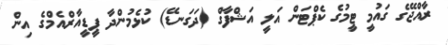
ރާއްޖޭގެ ގައުމީ ޓީމުގެ ކެޕްޓަން އަލީ އަޝްފާގް (ދަގަނޑޭ) ކުޅެމުންދާ ޕީޑީއާރްއެމްގެ އިން